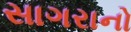
સાગરાનો